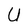
Character: U